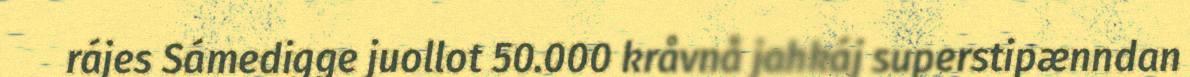
rájes Sámedigge juollot 50.000 kråvnå jahkáj superstipænndan